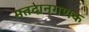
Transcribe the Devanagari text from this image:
मतदानगणक